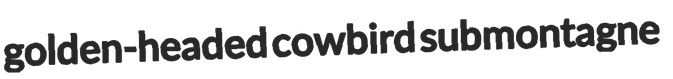
golden-headed cowbird submontagne